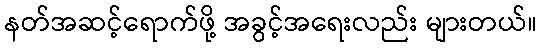
နတ်အဆင့်ရောက်ဖို့ အခွင့်အရေးလည်း များတယ်။